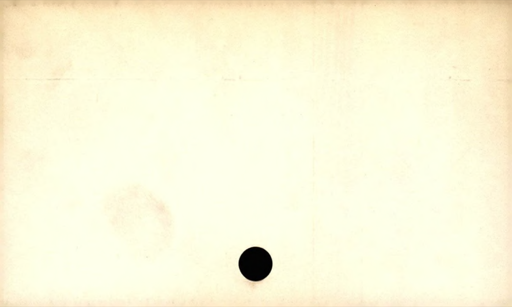
Label: blank